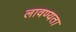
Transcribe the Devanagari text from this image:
लावण्‍यता